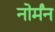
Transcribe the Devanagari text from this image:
नोर्मंन